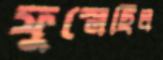
ফুস্‌লেছিল